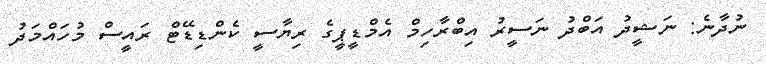
ނުދާނެ: ނަޝީދު އަބްދު ނަސީރު އިބްރާހިމް އެމްޑީޕީގެ ރިޔާސީ ކެންޑިޑޭޓް ރައީސް މުހައްމަދު